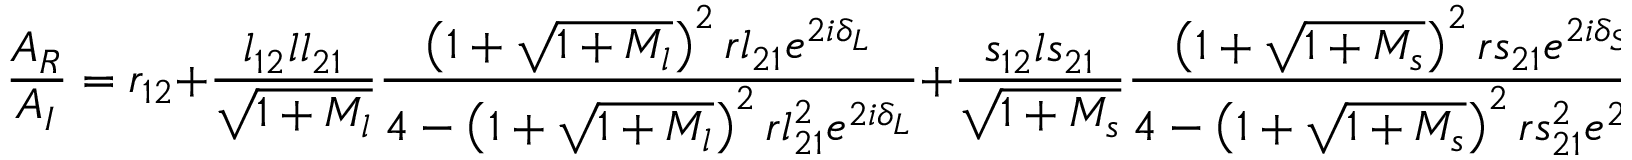
\frac { A _ { R } } { A _ { I } } = r _ { 1 2 } + \frac { l _ { 1 2 } l l _ { 2 1 } } { \sqrt { 1 + M _ { l } } } \frac { \left( 1 + \sqrt { 1 + M _ { l } } \right) ^ { 2 } r l _ { 2 1 } e ^ { 2 i \delta _ { L } } } { 4 - \left( 1 + \sqrt { 1 + M _ { l } } \right) ^ { 2 } r l _ { 2 1 } ^ { 2 } e ^ { 2 i \delta _ { L } } } + \frac { s _ { 1 2 } l s _ { 2 1 } } { \sqrt { 1 + M _ { s } } } \frac { \left( 1 + \sqrt { 1 + M _ { s } } \right) ^ { 2 } r s _ { 2 1 } e ^ { 2 i \delta _ { S } } } { 4 - \left( 1 + \sqrt { 1 + M _ { s } } \right) ^ { 2 } r s _ { 2 1 } ^ { 2 } e ^ { 2 i \delta _ { S } } } + M